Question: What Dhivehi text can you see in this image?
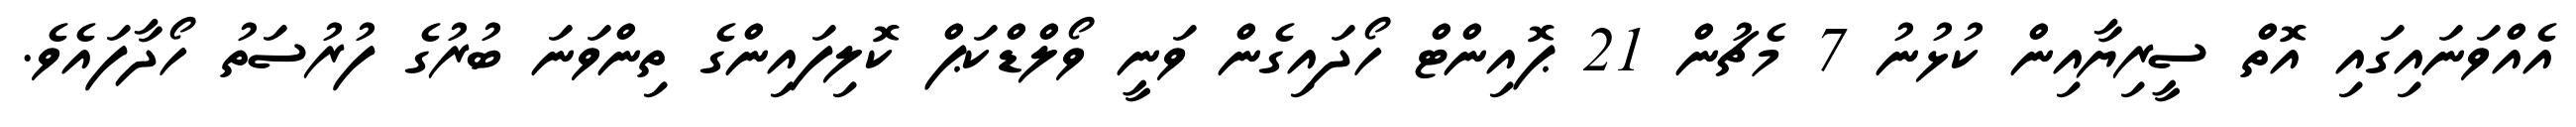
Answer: އެއްވަނައިގައި އޮތް ސީރިޔާއިން ކުޅުނު 7 މެޗުން 21 ޕޮއިންޓް ހޯދައިގެން ވަނީ ވޯލްޑްކަޕް ކޮލިފައިންގެ ތިންވަނަ ބުރުގެ ފުރުސަތު ހޯދާފައެވެ.